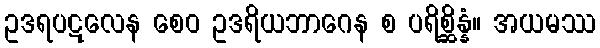
ဥဒရပဋလေန စေဝ ဥဒရိယဘာဂေန စ ပရိစ္ဆိန္နံ။ အယမဿ